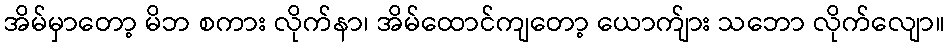
အိမ်မှာတော့ မိဘ စကား လိုက်နာ၊ အိမ်ထောင်ကျတော့ ယောက်ျား သဘော လိုက်လျော။